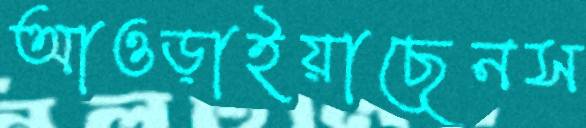
আওড়াইয়াছেনস